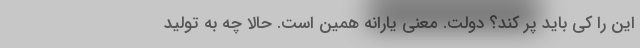
این را کی باید پر کند؟ دولت. معنی یارانه همین است. حالا چه به تولید